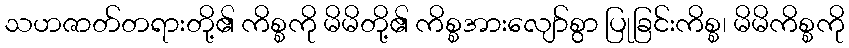
သဟဇာတ်တရားတို့၏ ကိစ္စကို မိမိတို့၏ ကိစ္စအားလျော်စွာ ပြုခြင်းကိစ္စ၊ မိမိကိစ္စကို